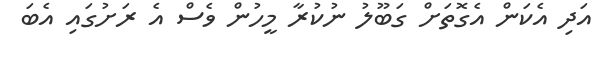
އަދި އެކަން އެގޮތަށް ގަބޫލު ނުކުރާ މީހުން ވެސް އެ ރަށުގައި އެބަ